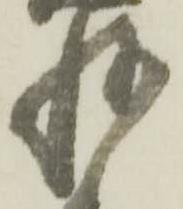
惶